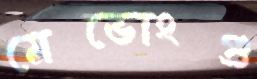
মেভোংগু